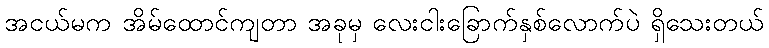
အငယ်မက အိမ်ထောင်ကျတာ အခုမှ လေးငါးခြောက်နှစ်လောက်ပဲ ရှိသေးတယ်